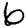
Digit: 6